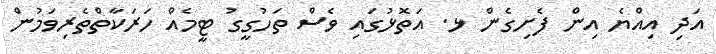
އަދި އިއްޔެ އިން ފެށިގެން ޅ. އަތޮޅުގައި ވެސް ތަހުގީގު ޓީމެއް ހަރަކާތްތެރިވަމުން